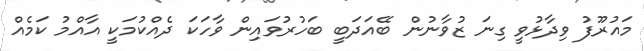
މައުރޫފު ވިދާޅުވީ ގިނަ ޒުވާނުން ބޭއަދަބީ ބަހުރުވައިން ވާހަކަ ދެއްކުމަކީ އާއްމު ކަމެއް